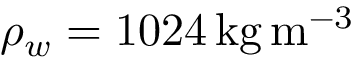
\rho _ { w } = 1 0 2 4 \, \mathrm { { k g \, m ^ { - 3 } } }